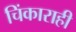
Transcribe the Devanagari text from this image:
चिंकाराही